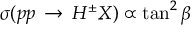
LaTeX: \sigma ( p p \, \to \, H ^ { \pm } X ) \propto \tan ^ { 2 } \beta